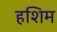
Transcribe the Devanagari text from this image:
हशिम